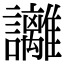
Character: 𧮛